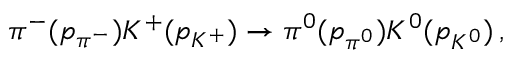
\pi ^ { - } ( p _ { \pi ^ { - } } ) K ^ { + } ( p _ { K ^ { + } } ) \to \pi ^ { 0 } ( p _ { \pi ^ { 0 } } ) K ^ { 0 } ( p _ { K ^ { 0 } } ) \, ,